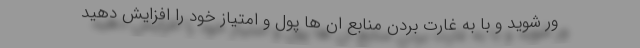
ور شوید و با به غارت بردن منابع ان ها پول و امتیاز خود را افزایش دهید